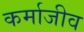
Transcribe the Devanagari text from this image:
कर्माजीव